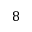
8